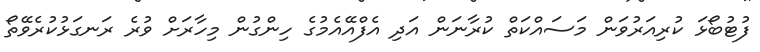
ފުޓުބޯޅަ ކުރިއަރުވަން މަސައްކަތް ކުރާނަން އަދި އެފްއޭއެމުގެ ހިންގުން މިހާރަށް ވުރެ ރަނގަޅުކުރެވޭތޯ